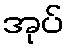
အုပ်